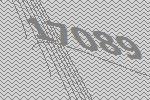
17089